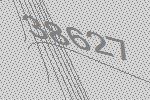
38627